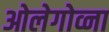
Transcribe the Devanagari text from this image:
ओलेगोव्ना